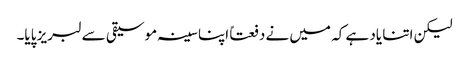
لیکن اتنا یاد ہے کہ میں نے دفعتاً اپنا سینہ موسیقی سے لبریز پایا۔